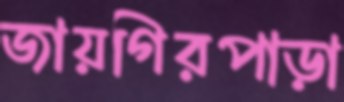
জায়গিরপাড়া